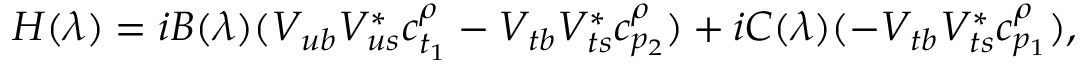
H ( \lambda ) = i B ( \lambda ) ( V _ { u b } V _ { u s } ^ { * } c _ { t _ { 1 } } ^ { \rho } - V _ { t b } V _ { t s } ^ { * } c _ { p _ { 2 } } ^ { \rho } ) + i C ( \lambda ) ( - V _ { t b } V _ { t s } ^ { * } c _ { p _ { 1 } } ^ { \rho } ) ,